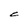
Character: C